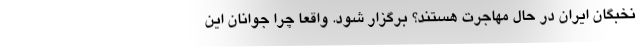
نخبگان ایران در حال مهاجرت هستند؟ برگزار شود. واقعا چرا جوانان این